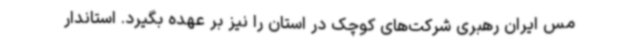
مس ایران رهبری شرکت‌های کوچک در استان را نیز بر عهده بگیرد. استاندار